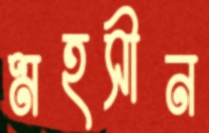
মহসীন